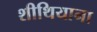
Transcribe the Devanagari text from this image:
शीथियाना